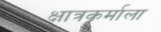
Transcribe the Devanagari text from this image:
क्षात्रकर्माला